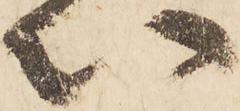
以